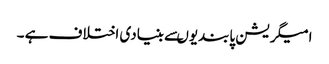
امیگریشن پابندیوںسے بنیادی اختلاف ہے ۔